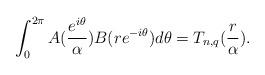
LaTeX: \begin{align*}\int_0^{2\pi} A(\frac{e^{i\theta}}{\alpha})B(r e^{-i\theta})d\theta =T_{n,q}(\frac{r}{\alpha}).\end{align*}